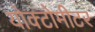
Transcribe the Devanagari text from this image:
योक्टोमीटर